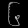
Digit: ၆